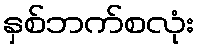
နှစ်ဘက်စလုံး